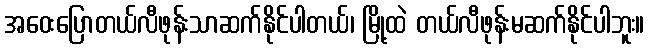
အဝေးပြောတယ်လီဖုန်းသာဆက်နိုင်ပါတယ်၊ မြို့ထဲ တယ်လီဖုန်းမဆက်နိုင်ပါဘူး။